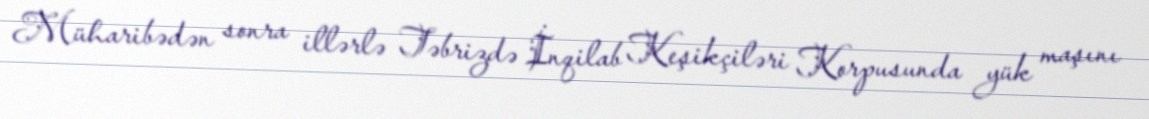
Müharibədən sonra illərlə Təbrizdə İnqilab Keşikçiləri Korpusunda yük maşını